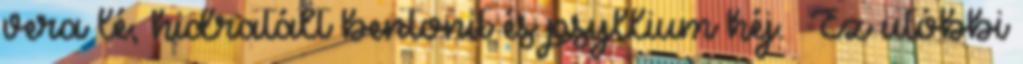
vera lé, hidratált bentonit és psyllium héj. Ez utóbbi